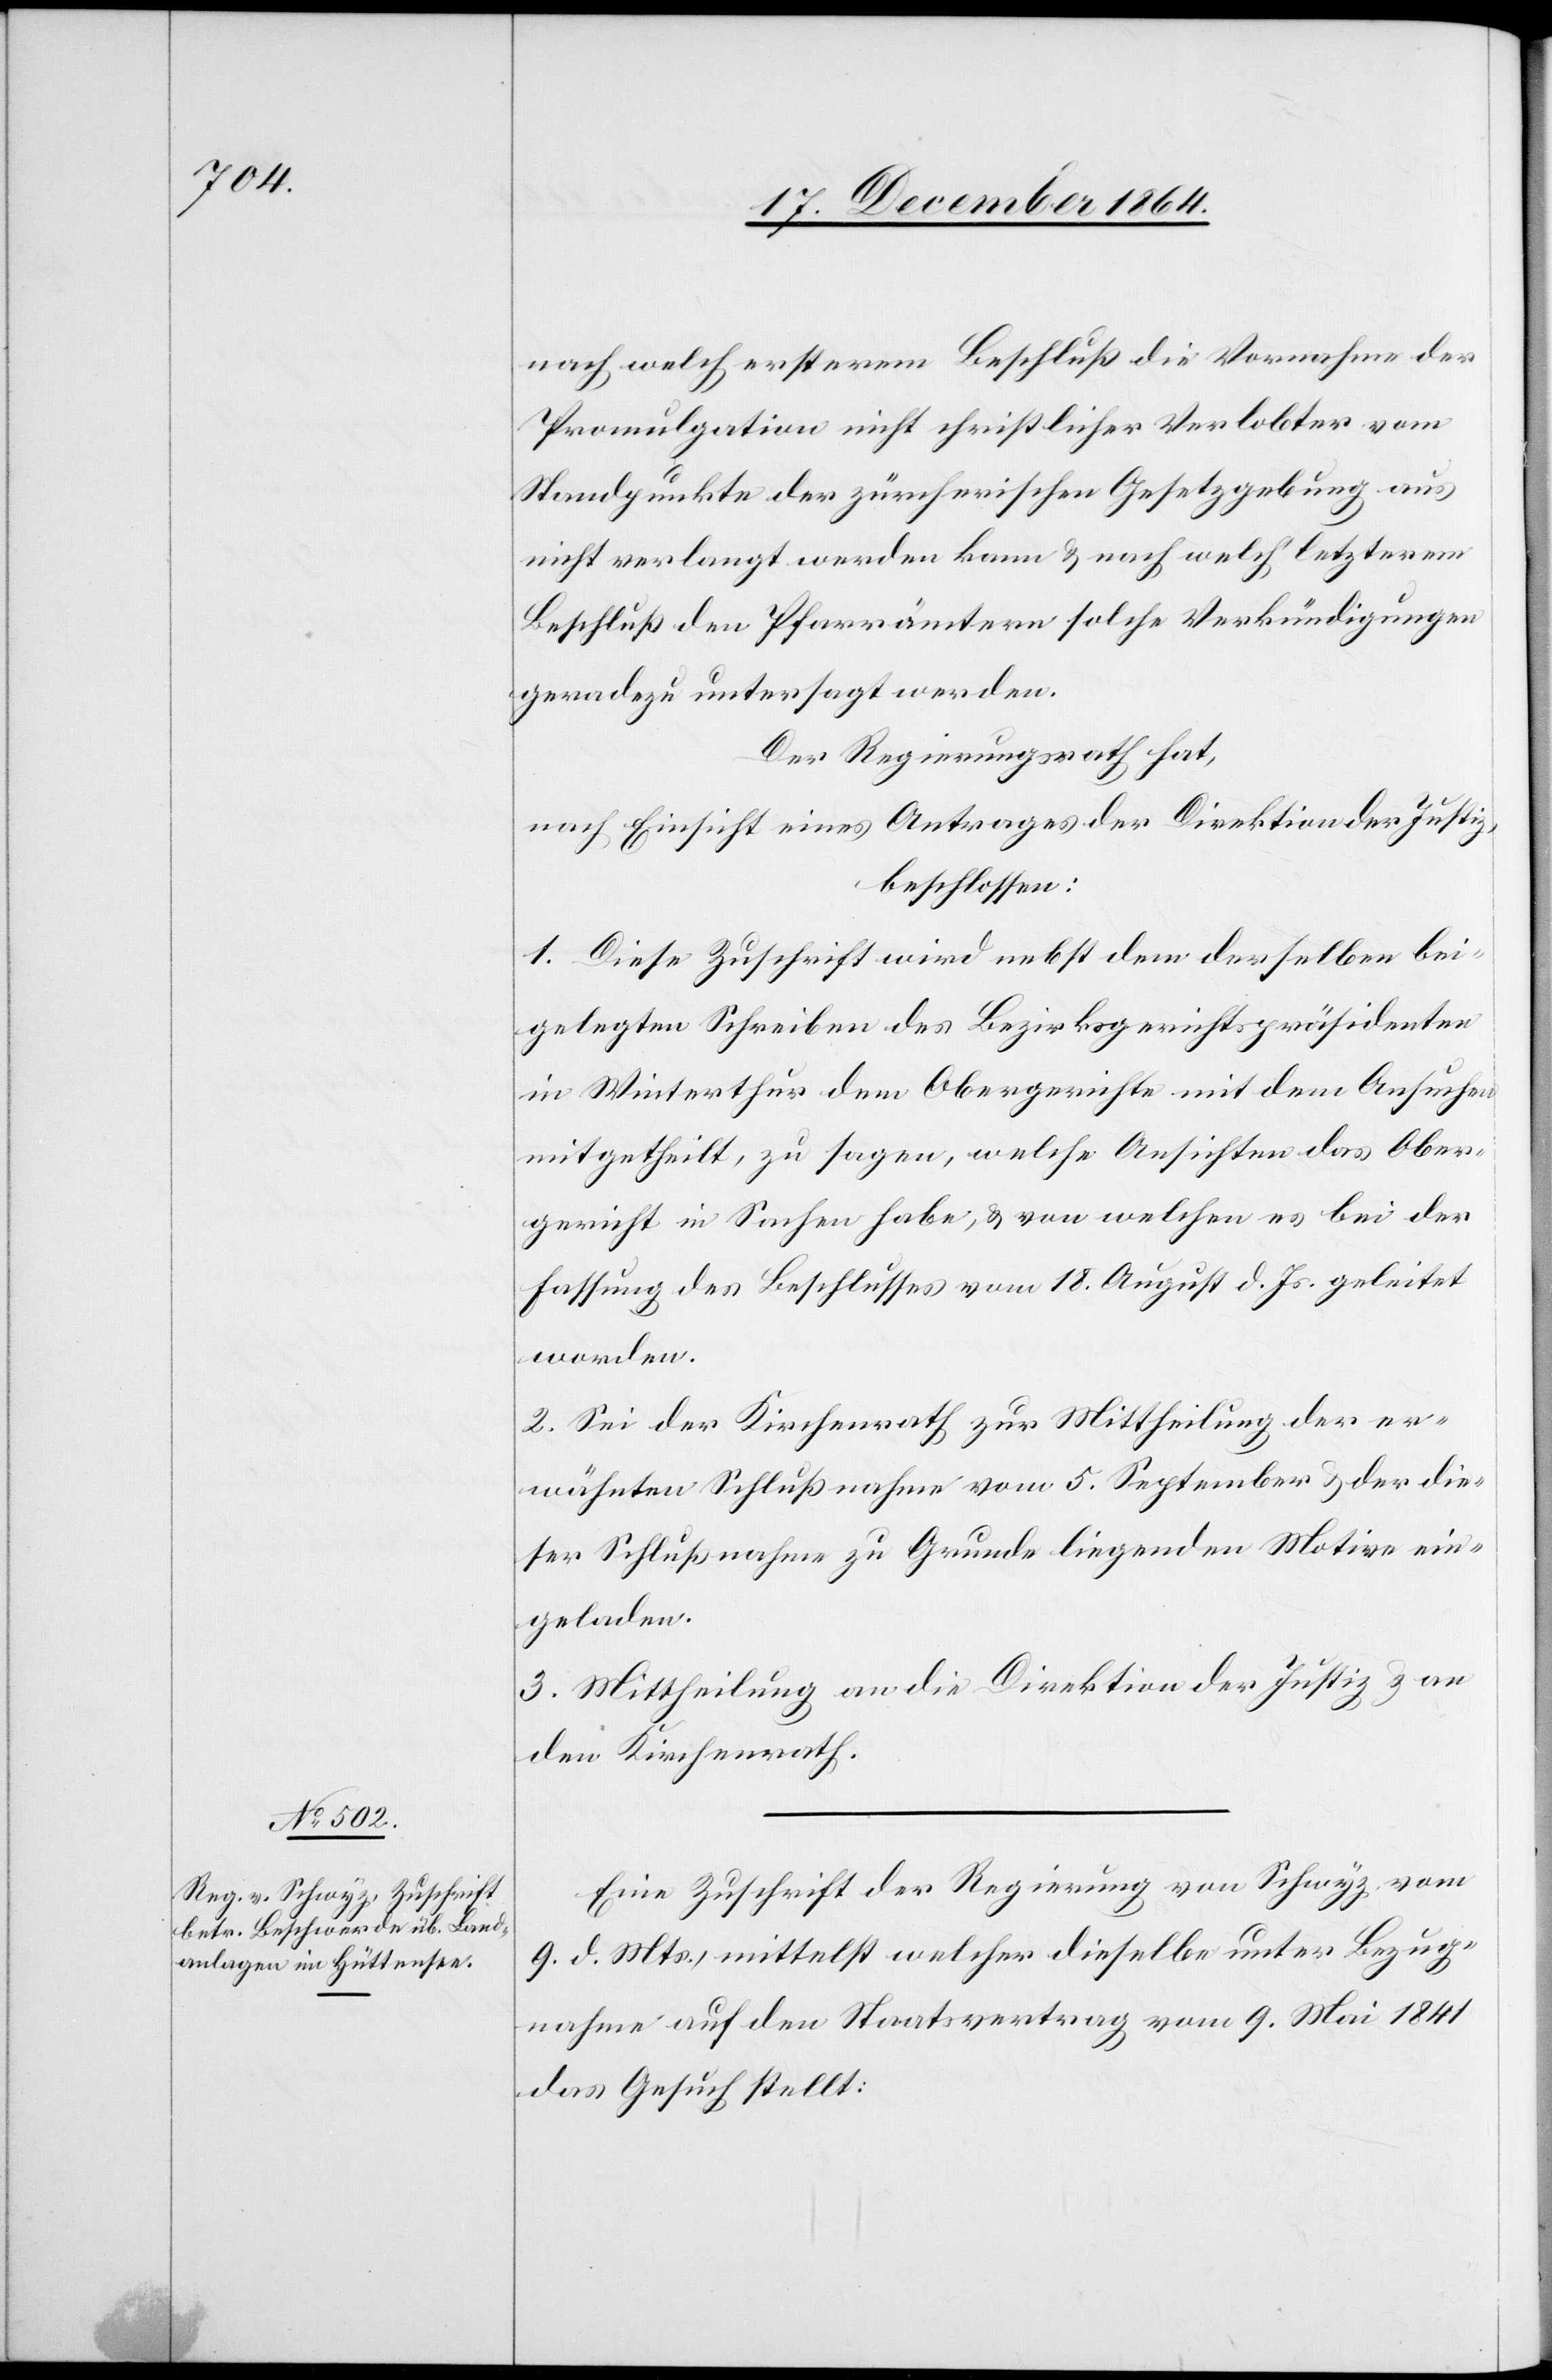
nach welch ersterem Beschluß die Vornahme der
Promulgation nicht christlicher Verlobter vom
Standpunkte der zürcherischen Gesetzgebung aus
nicht verlangt werden kann & nach welch’ letzterem
Beschluß den Pfarrämtern solche Verkündigungen
geradezu untersagt werden.
Der Regierungsrath hat,
nach Einsicht eines Antrages der Direktion der Justiz,
beschlossen:
1. Diese Zuschrift wird nebst dem derselben bei¬
gelegten Schreiben des Bezirksgerichtspräsidenten
in Winterthur dem Obergerichte mit dem Ansuchen
mitgetheilt, zu sagen, welche Absichten das Ober¬
gericht in Sachen habe, & von welchen es bei der
Fassung des Beschlusses vom 18. August d. Js. geleitet
worden.
2. Sei der Kirchenrath zur Mittheilung der er¬
wähnten Schlußnahme vom 5. September & der die¬
ser Schlußnahme zu Grunde liegenden Motive ein¬
geladen.
3. Mittheilung an die Direktion der Justiz & an
den Kirchenrath.
Eine Zuschrift der Regierung von Schwyz vom
9. d. Mts., mittelst welcher dieselbe unter Bezug¬
nahme auf den Staatsvertrag vom 9. Mai 1841
das Gesuch stellt: